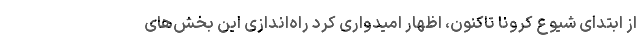
از ابتدای شیوع کرونا تاکنون، اظهار امیدواری کرد راه‌اندازی این بخش‌های